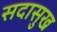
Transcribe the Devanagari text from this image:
सदासुख